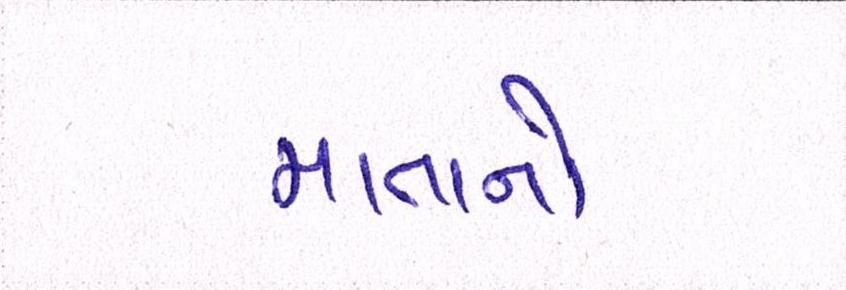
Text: માતાનો